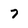
Character: 7